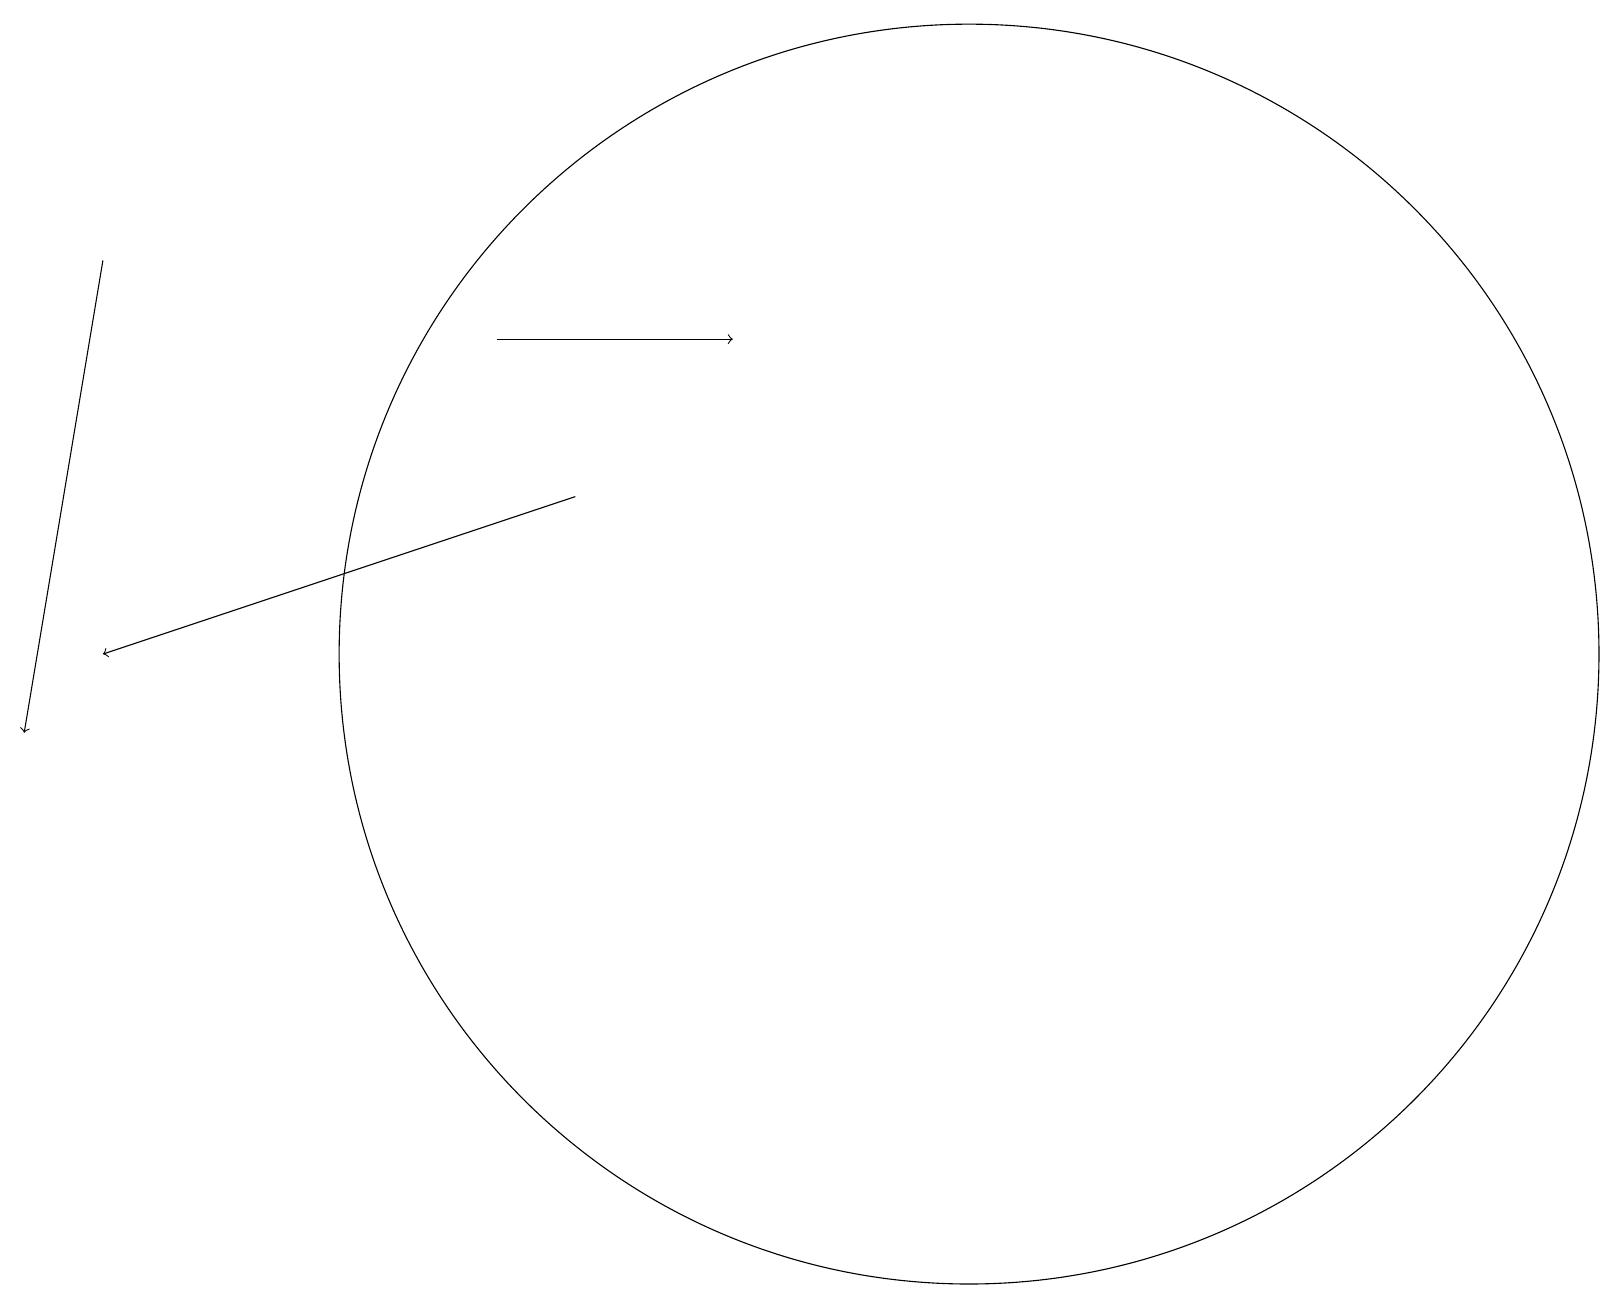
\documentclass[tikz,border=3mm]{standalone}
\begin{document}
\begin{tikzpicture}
\draw[->] (6,15) -- (9,15);
\draw (12,11) circle (8);
\draw (11,11) circle (0);
\draw[->] (1,16) -- (0,10);
\draw[->] (7,13) -- (1,11);
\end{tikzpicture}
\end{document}